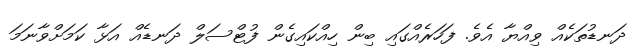
ދަނޑުތަކެއް ވިއްޔާ އެވެ. ފަހަރެއްގައި ބިން ހިއްކައިގެން ފުޓްސަލް ދަނޑެއް އަޅާ ކަމަށްވާނަމަ